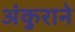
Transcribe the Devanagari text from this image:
अंकुराने